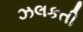
ઝલકતી